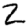
Digit: 2